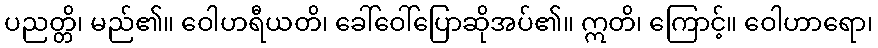
ပညတ္တိ၊ မည်၏။ ဝေါဟရီယတိ၊ ခေါ်ဝေါ်ပြောဆိုအပ်၏။ ဣတိ၊ ကြောင့်။ ဝေါဟာရော၊